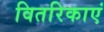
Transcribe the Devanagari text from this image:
वितरिकाएं